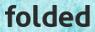
folded